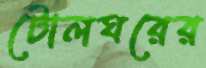
টোলঘরের